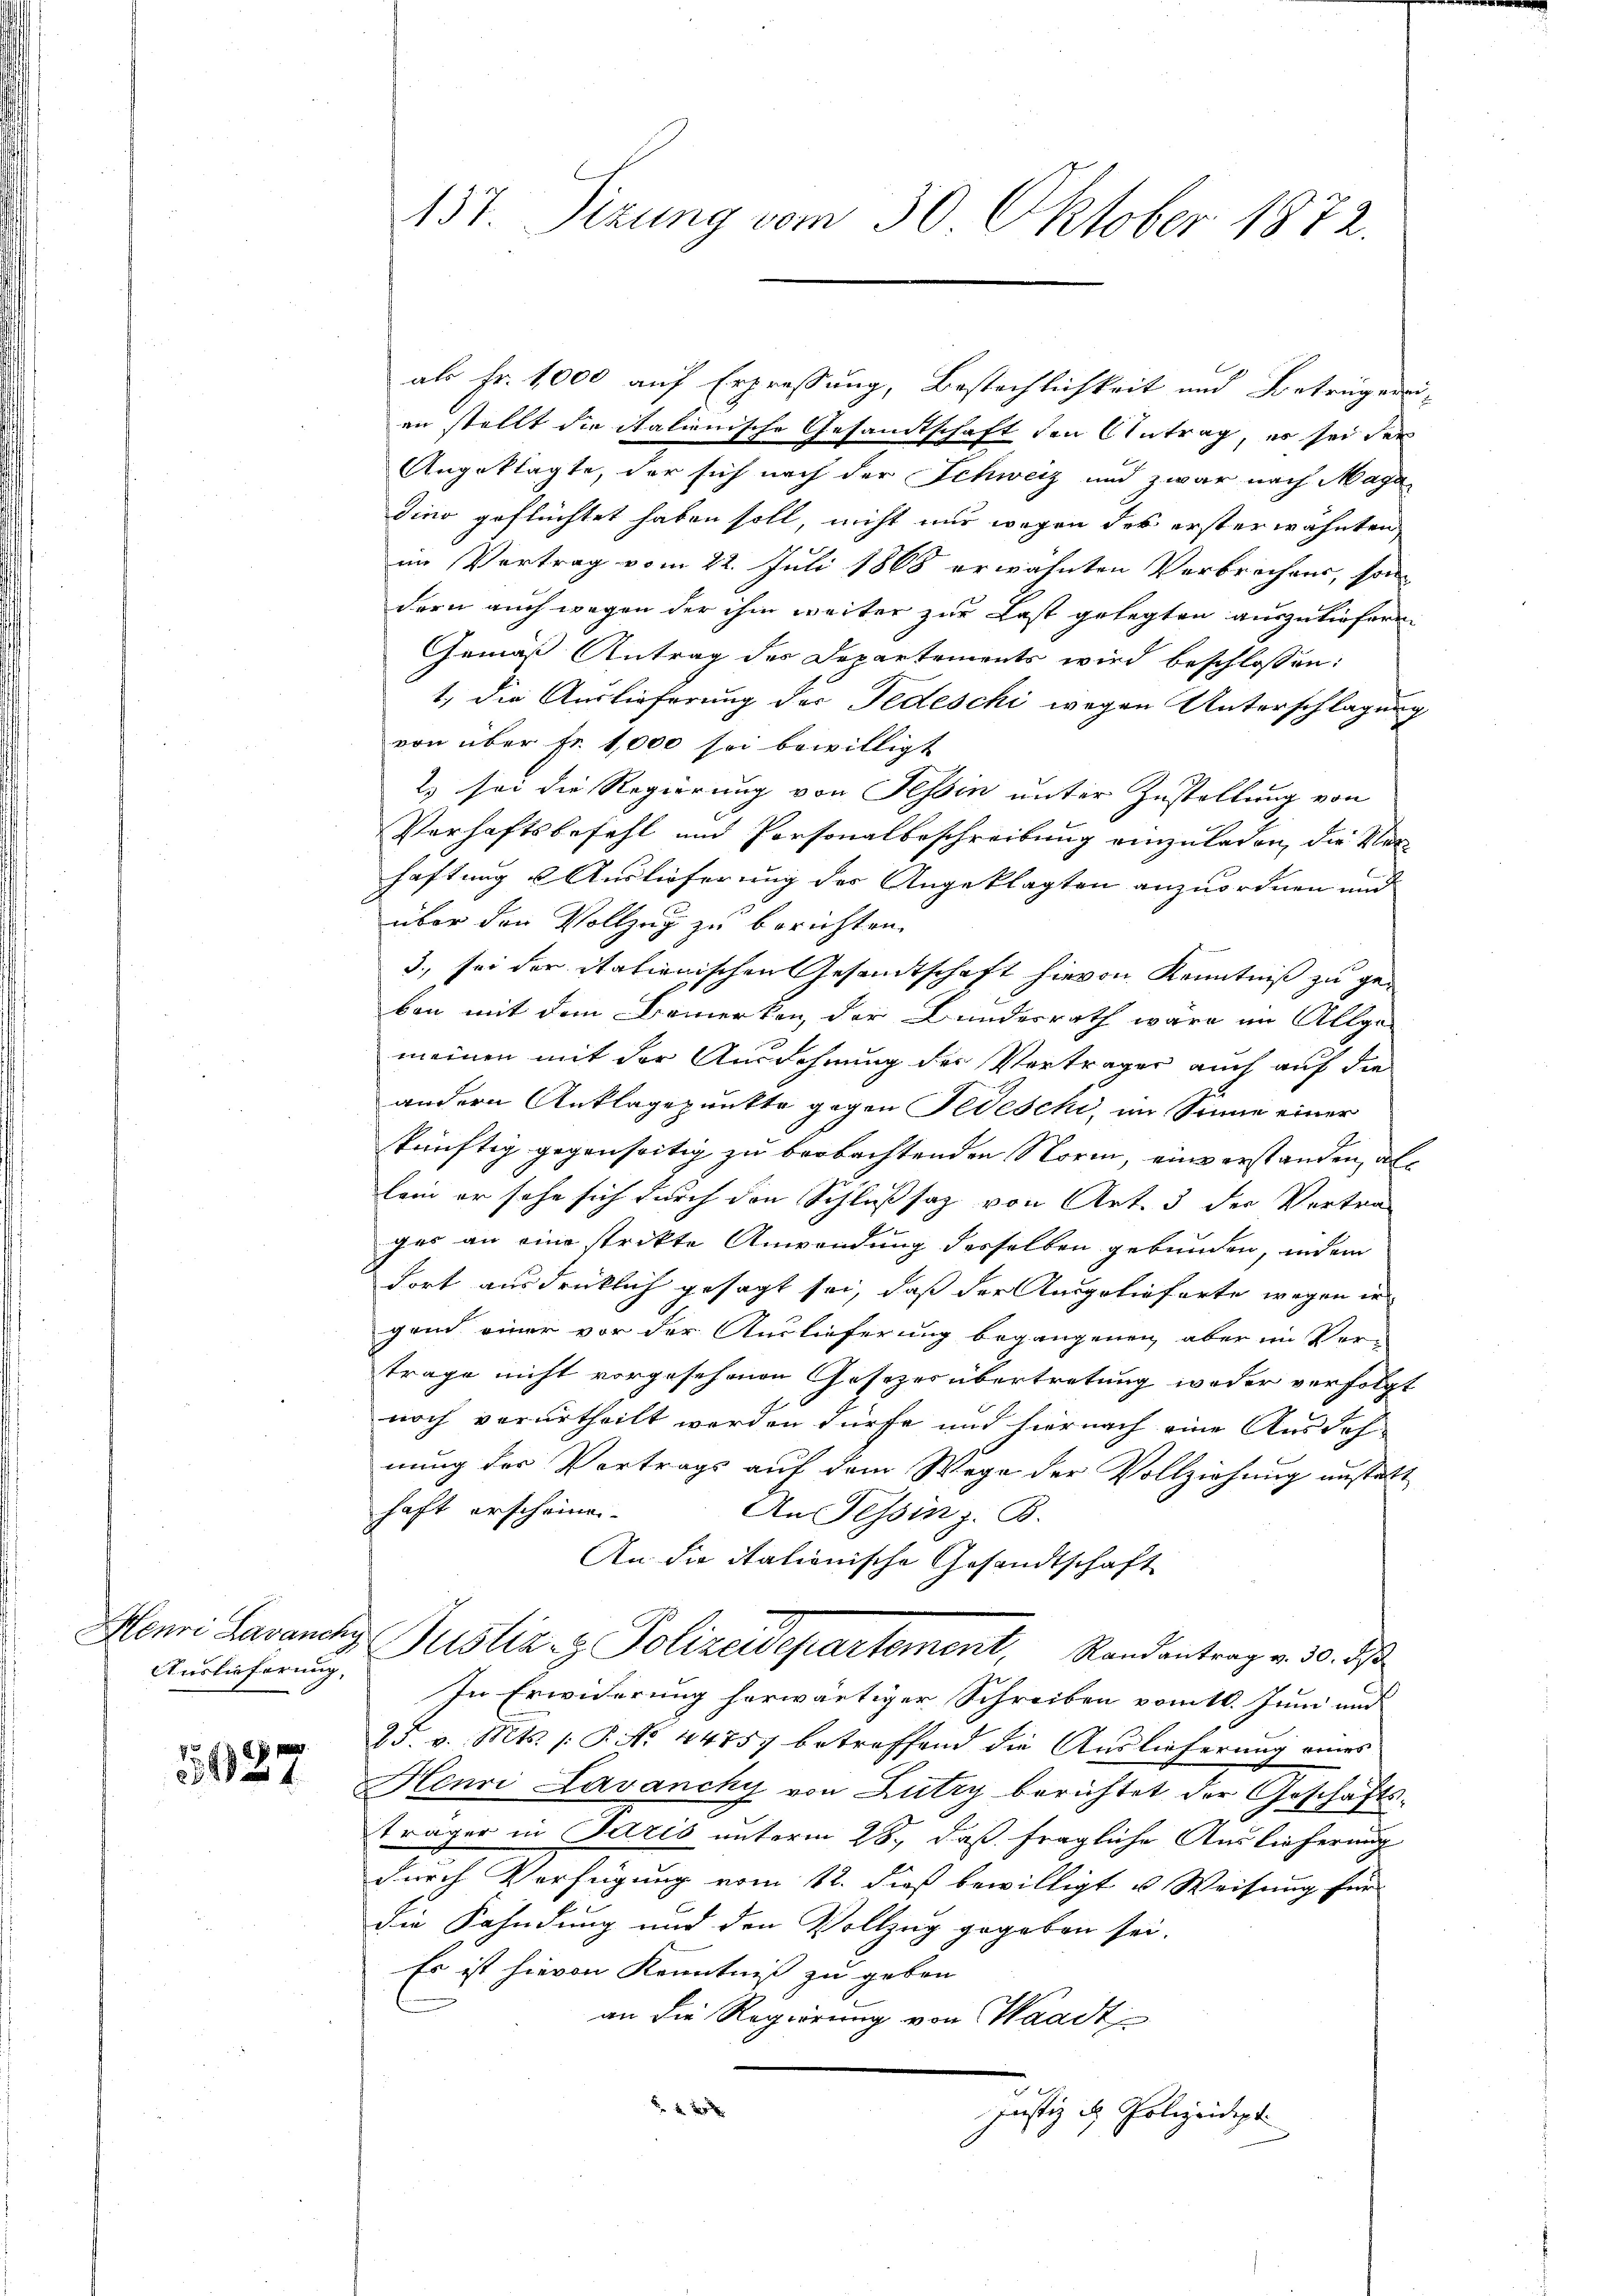
Henri Lavanchy
Auslieferung

55027

137 Sizung vom 30. Oktober 1872.

als Fr. 1000 auf Erpressung, Bestechlichkeit und Betrugesien stellt die italienische Gesandtschaft den Antrag, er sei der
Angeklagte, der sich nach der Schweiz und zwar nach Maga
dino geflüchtet haben soll, nicht nur wegen des ersterwähnten,
im Vertrag vom 22. Juli 1868 erwähnten Verbrechens, son
dern auch wegen der ihm weiter zur Last gelegten auszuliefern
Gemäß Antrag des Departements wird beschlossen:
1, die Auslieferung der Fedeschi wegen Unterschlagung
von über Fr. 1,000 sei bewilligt
2) sei die Regierung von Tessin unter Zustellung von
Verhaftsbefehl und Personalbeschreibung einzuladen, die Ver-
haftung Auslieferung des Angeklagten anzuordnen und
über den Vollzug zu berichten.
3., sei der italienischen Gesandtschaft hievon Kenntniß zu gekon mit dem Bemerken, der Bundesrath wäre im Allge-
meinen mit der Ausdehnung der Vorträger auch auf die
andern Anklagepunkte gegen Jedeschi, im Sinne einer
künftig gegenseitig zu beobachtenden Norm, einverstanden, als
kein er sehe sich durch den Schlußsatz von Art. 3 der Vertra-
ger an eine strikte Anwendung desselben gebunden, indem
fort ausdrücklich gesagt sei, daß der Ausgelieferte wegen in
gend einer vor der Auslieferung begangenen aber im Ver-
trage nicht vorgesehenen Gesetzes übertretung weder verfolgt
noch verurtheilt worden dürfe und hiernach eine Ausdeh
nung der Vortrags auf dem Wege der Vollziehung anstatt
haft erscheinen.
An Tessin z. B.
An die itationische Gesandtschaft
Justiz- & Polizeidepartement, Randantrag v. 30. ds.
In Erwiderung herwärtiger Schreiben vom 10. Juni und
25. v. Mts. (T. No. 44757 betreffend die Auslieferung eines
Henri Lavancky von Zutry berichtet der Geschäftsträger in Paris unterm 28., daß fragliche Auslieferung
durch Verfügung vom 12. dieß bewilligt u Weisung für
die Kahndung und den Vollzug gegeben sei.
Es ist hievon Kenntniß zu geben
an die Regierung von Waadt
 f 42 x
Justiz & Polizeidigt